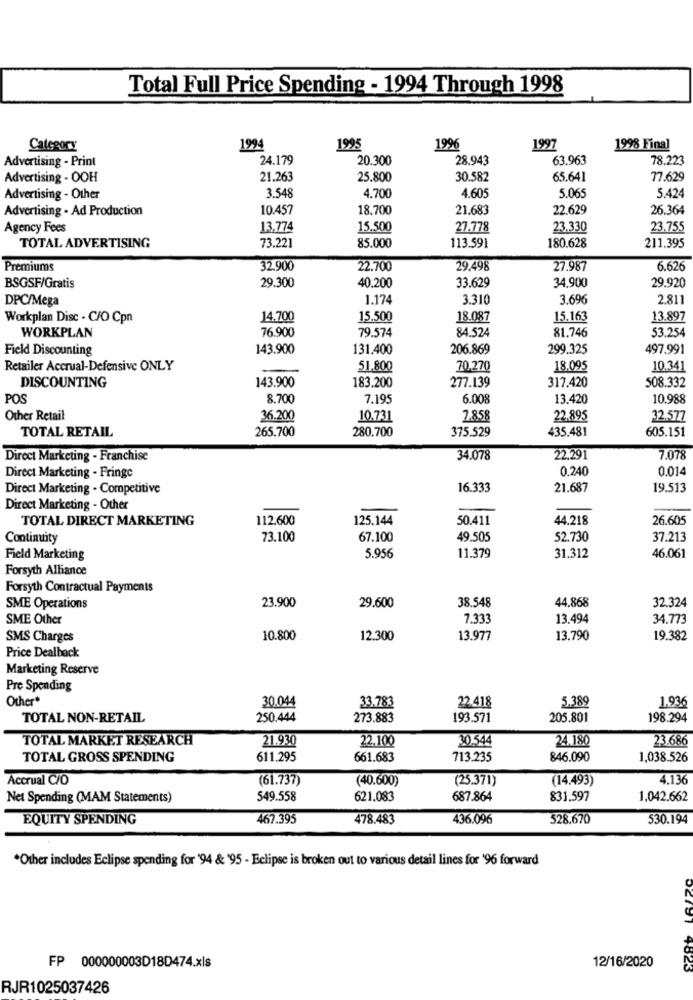
Total Full Price Spending - 1994 Through 1998
Category
1994
1995
1996
1997
1998 Final
Advertising - Print
24.179
20.300
28.943
63.963
78.223
Advertising - OOH
21.263
25.800
30.582
65.641
77.629
4.700
4.605
Advertising - Other
3.548
5.065
5.424
Advertising - Ad Production
10.457
18,700
21.683
22.629
26.364
Agency Fees
13.774
15.500
27.778
23.330
23.755
TOTAL ADVERTISING
73.221
85.000
180.628
211.395
113.591
Premiums
32.900
22.700
29.498
27.987
6.626
29.300
40,200
33.629
34,900
29.920
BSGSF/Gratis
DPC/Mega
1.174
3.310
3.696
2.811
Workplan Disc . C/O Cpn
14.700
15.500
18.087
15.163
13.897
WORKPLAN
76.900
79.574
84.524
81.746
53.254
Field Discounting
143.900
131.400
206.869
299.325
497.991
Retailer Accrual-Defensive ONLY
51.800
70,270
18.095
10.341
143.900
183.200
277.139
508.332
DISCOUNTING
317.420
POS
8.700
7.19
6.008
13.420
10.988
Other Retail
36.200
10.731
2.858
22.895
32.577
TOTAL RETAIL
265.700
280.700
375.529
435.481
605.151
Direct Marketing - Franchise
34.078
22.291
7.078
0,240
0.014
Direct Marketing - Fringe
Direct Marketing - Competitive
16.333
21.687
19.513
Direct Marketing - Other
TOTAL DIRECT MARKETING
112.600
125.144
50.411
44.218
26.605
Continuity
73.100
67.100
49.505
52.730
37.213
Field Marketing
5.956
11.379
31.312
46.061
Forsyth Alliance
Forsyth Contractual Payments
23.900
38.548
44.868
32.324
SME Operations
29.600
SME Other
7.33
13.494
34.773
SMS Charges
10.800
12.300
13.977
13.790
19.382
Price Dealback
Marketing Reserve
Pre Spending
Other*
30.044
33.783
5.389
1.936
22.418
TOTAL NON-RETAIL
250.444
273.883
193.571
205.801
198.294
TOTAL MARKET RESEARCH
21.930
22.100
30.544
24.180
23.686
TOTAL GROSS SPENDING
611.295
661.683
713.235
846.090
1,038.526
Accrual C/O
(61.737)
(40.600)
(25.371)
(14.493)
4.136
Net Spending (MAM Statements)
549.558
621.083
687.864
831.597
1,042.662
EQUITY SPENDING
467.395
478.483
436.096
528.670
530.194
*Other includes Eclipse spending for '94 & '95 - Eclipse is broken out to various detail lines for '96 forward
12/16/2020
FP 000000003D18D474.xls
02191 4823
RJR1025037426